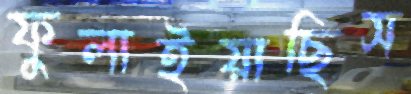
ফুলাইয়াছিস